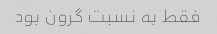
فقط به نسبت گرون بود